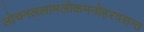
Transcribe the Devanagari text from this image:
लोचनललामलोकमनोहरवसन्त